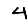
Digit: 4